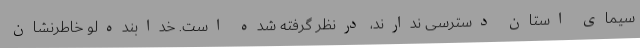
سیمای استان دسترسی ندارند، درنظر گرفته شده است. خدابنده‌لو خاطرنشان